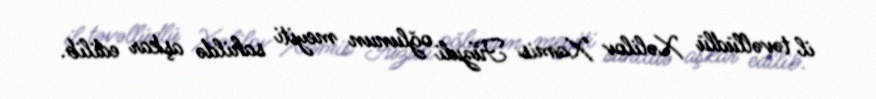
il təvəllüdlü Xəlilov Xamis Füzuli oğlunun meyiti sahildə aşkar edilib.